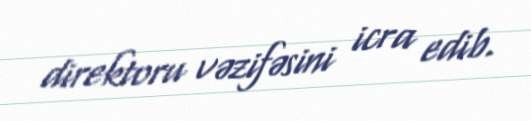
direktoru vəzifəsini icra edib.